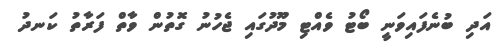
އަދި ބުނެފައިވަނީ ބޯޓު ވެއްޓި މޫދުގައި ޖެހުނު ގޮތުން ވާތް ފަރާތު ކަނދު